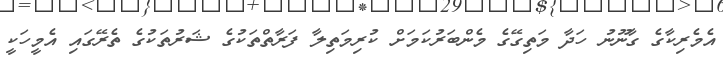
އެމެރިކާގެ ގާނޫނު ހަދާ މަތިގޭގެ މެންބަރުކަމަށް ކުރިމަތިލާ ފަރާތްތަކުގެ ޝަރުތަކުގެ ތެރޭގައި އެމީހަކީ